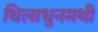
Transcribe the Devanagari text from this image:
थिलाधुनमथी